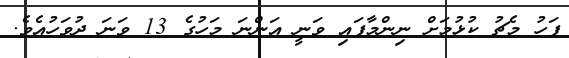
ފަހު މެޗު ކުޅުމަށް ނިންމާފައި ވަނީ އަންނަ މަހުގެ 13 ވަނަ ދުވަހުއެވެ.